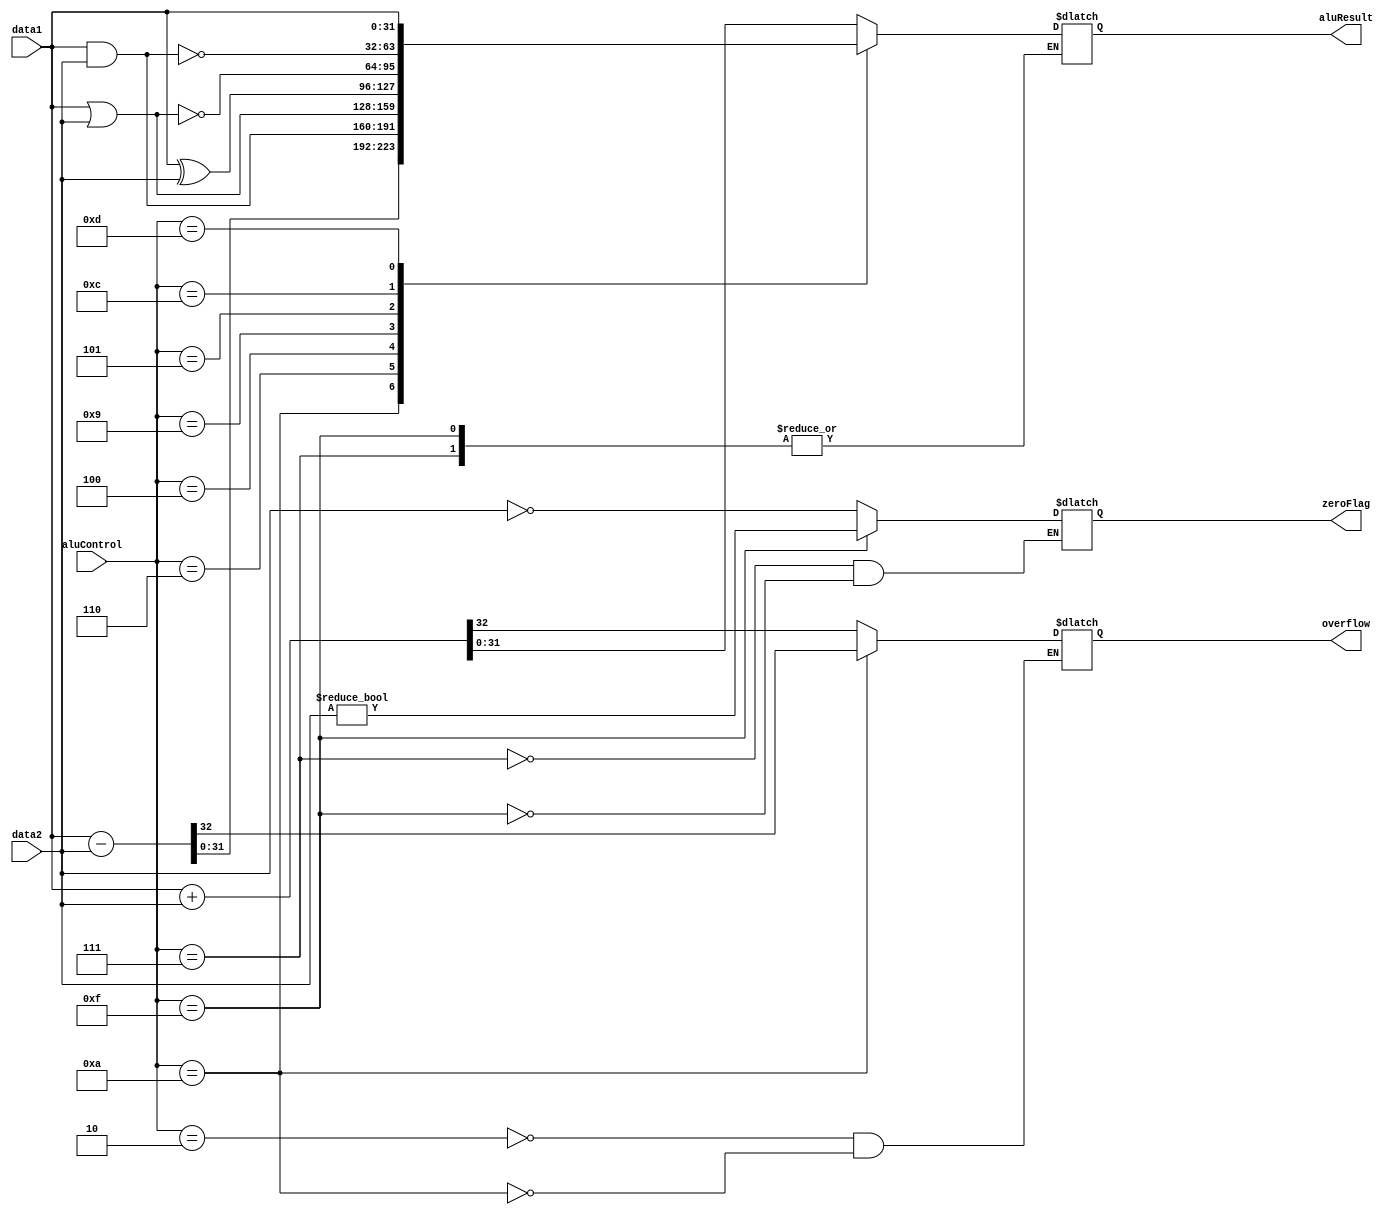
module ALU_m(
	output reg signed[31:0] aluResult, output reg overflow, output reg zeroFlag, 
	input[3:0] aluControl, input signed[31:0] data1, input signed[31:0] data2);

	always@* begin
		case(aluControl)
			
		4'b0010:	{overflow, aluResult} <= data1 + data2; 	//ADD, STUR, LDUR: For D-type instructions, add the immediate to the register to compute the address
		4'b1010:	{overflow, aluResult} <= data1 - data2;		//SUB
		4'b0111:	zeroFlag <= (data2 == 0); 					//CBZ: Compare data 2 to zero, set the zero flag to 1 if it is equal to zero
		4'b1111:	zeroFlag <= (data2 != 0);					//CBNZ: If data2 is not zero, set the zero flag to 1
		4'b0110:	aluResult <= data1 & data2;					//AND
		4'b0100:	aluResult <= data1 | data2;				 	//ORR
		4'b1001:	aluResult <= data1 ^ data2;			 		//EOR
		4'b0101:	aluResult <= ~(data1 | data2);				//NOR
		4'b1100:	aluResult <= ~(data1 & data2); 				//NAND
		4'b1101:	aluResult <= data1;					 		//MOV
		default: 	aluResult <= 32'bx;	 						//Default case

		endcase
	end
endmodule